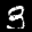
Label: 3